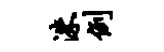
洙例